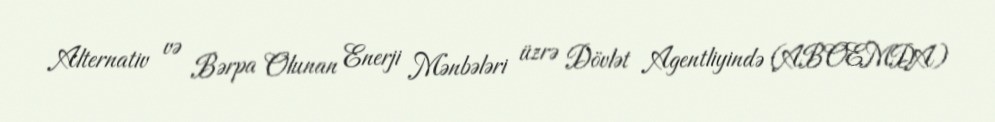
Alternativ və Bərpa Olunan Enerji Mənbələri üzrə Dövlət Agentliyində (ABOEMDA)